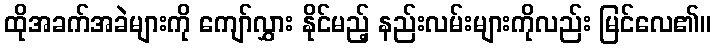
ထိုအခက်အခဲများကို ကျော်လွှား နိုင်မည့် နည်းလမ်းများကိုလည်း မြင်လေ၏။